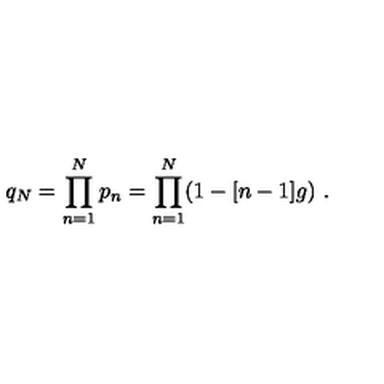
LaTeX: q _ { N } = \prod _ { n = 1 } ^ { N } p _ { n } = \prod _ { n = 1 } ^ { N } ( 1 - [ n - 1 ] g ) \ .